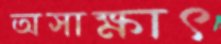
অসাক্ষাৎ